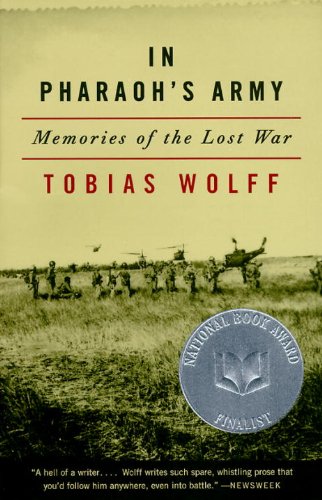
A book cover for In Pharaoh's Army: Memories of the Lost War; Tobias Wolff; Biographies & Memoirs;